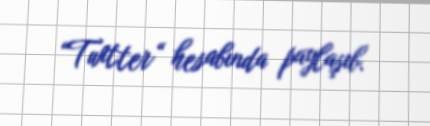
“Twitter“ hesabında paylaşıb.